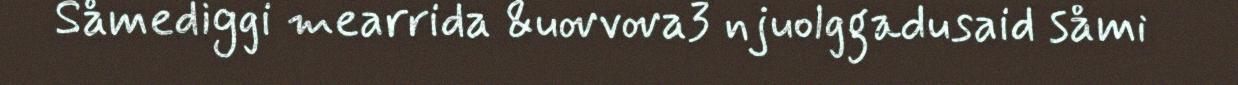
Såmediggi mearrida &uovvova3 njuolggadusaid såmi